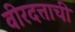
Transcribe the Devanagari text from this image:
वीरदत्ताची